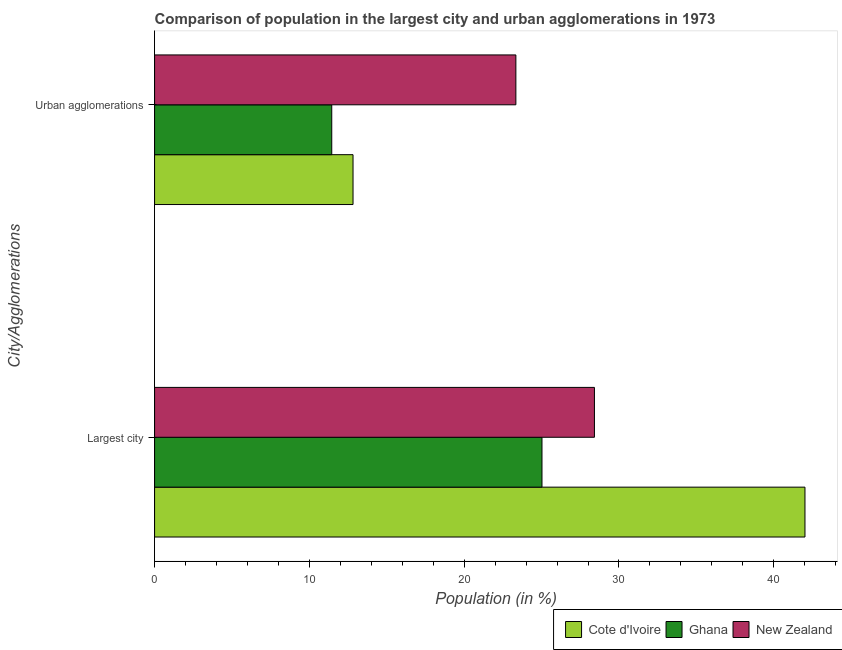
| City/Agglomerations | Cote d'Ivoire | Ghana | New Zealand |
 | --- | --- | --- | --- |
 | Largest city | 42 | 25 | 28.4 |
 | Urban agglomerations | 12.8 | 11.4 | 23.3 |